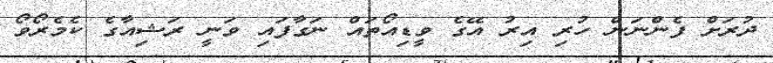
ދުރަށް ފެންނަން ހުރި އިރު އޭގެ ވީޑިއޯތައް ނަގާފައި ވަނީ ރަޝިއާގެ ކެމެރޯވޯ